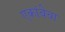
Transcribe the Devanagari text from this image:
एकांबेचा